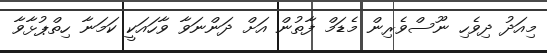
މިއަދު ދިވެހި ނޫސްވެރިން މެޑަމް ފާތުން އަށް ދަންނަވާ ވާހައަކީ ކަމަނާ ހިތްޕުޅާވާ